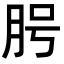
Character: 𦚊